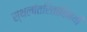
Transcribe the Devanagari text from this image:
स्थलांतरितांविषयी